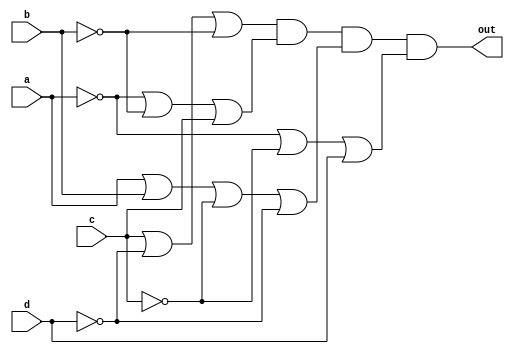
//Here product of sum is used.

module top_module(
    input a,
    input b,
    input c,
    input d,
    output out  ); 
	
    assign out = (c|!d|!b) & (!a|!b|c) & (a|b|!c|!d) & (!a|!c|d);
endmodule